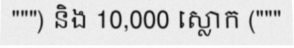
""") និង 10,000 ស្លោក ("""